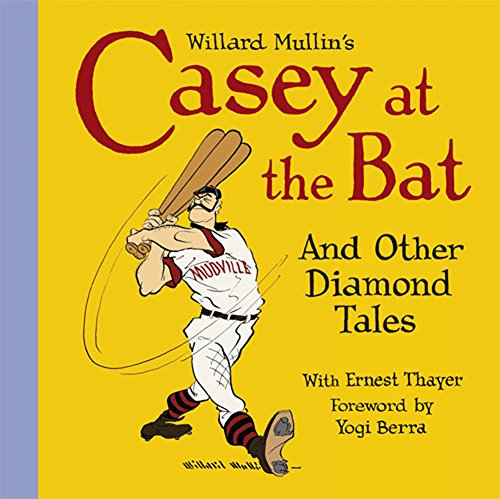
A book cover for Willard Mullin's Casey at the Bat and Other Tales from the Diamond; Willard Mullin; Humor & Entertainment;